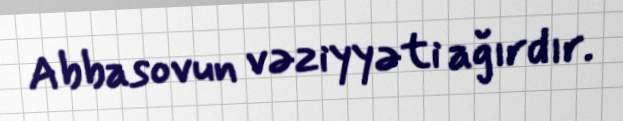
Abbasovun vəziyyəti ağırdır.